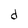
Character: d